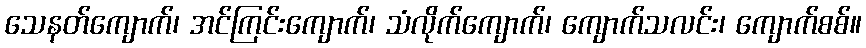
သေနတ်ကျောက်၊ အင်ကြင်းကျောက်၊ သံလိုက်ကျောက်၊ ကျောက်သလင်း၊ ကျောက်စစ်။